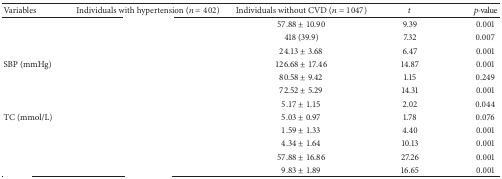
<table><thead><tr><td><b>Variables</b></td><td><b>Individuals with hypertension (<i>n</i> = 402)</b></td><td><b>Individuals without CVD (<i>n</i> = 1047)</b></td><td><b><i>t</i></b></td><td><b><i>p</i>-value</b></td></tr></thead><tbody><tr><td>[EMPTY_CELL]</td><td>[EMPTY_CELL]</td><td>57.88 ± 10.90</td><td>9.39</td><td>0.001</td></tr><tr><td>[EMPTY_CELL]</td><td>[EMPTY_CELL]</td><td>418 (39.9)</td><td>7.32</td><td>0.007</td></tr><tr><td>[EMPTY_CELL]</td><td>[EMPTY_CELL]</td><td>24.13 ± 3.68</td><td>6.47</td><td>0.001</td></tr><tr><td>SBP (mmHg)</td><td>[EMPTY_CELL]</td><td>126.68 ± 17.46</td><td>14.87</td><td>0.001</td></tr><tr><td>[EMPTY_CELL]</td><td>[EMPTY_CELL]</td><td>80.58 ± 9.42</td><td>1.15</td><td>0.249</td></tr><tr><td>[EMPTY_CELL]</td><td>[EMPTY_CELL]</td><td>72.52 ± 5.29</td><td>14.31</td><td>0.001</td></tr><tr><td>[EMPTY_CELL]</td><td>[EMPTY_CELL]</td><td>5.17 ± 1.15</td><td>2.02</td><td>0.044</td></tr><tr><td>TC (mmol/L)</td><td>[EMPTY_CELL]</td><td>5.03 ± 0.97</td><td>1.78</td><td>0.076</td></tr><tr><td>[EMPTY_CELL]</td><td>[EMPTY_CELL]</td><td>1.59 ± 1.33</td><td>4.40</td><td>0.001</td></tr><tr><td>[EMPTY_CELL]</td><td>[EMPTY_CELL]</td><td>4.34 ± 1.64</td><td>10.13</td><td>0.001</td></tr><tr><td>[EMPTY_CELL]</td><td>[EMPTY_CELL]</td><td>57.88 ± 16.86</td><td>27.26</td><td>0.001</td></tr><tr><td>[EMPTY_CELL]</td><td>[EMPTY_CELL]</td><td>9.83 ± 1.89</td><td>16.65</td><td>0.001</td></tr></tbody></table>